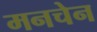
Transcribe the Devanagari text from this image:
मनचेन